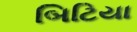
બિટિયા